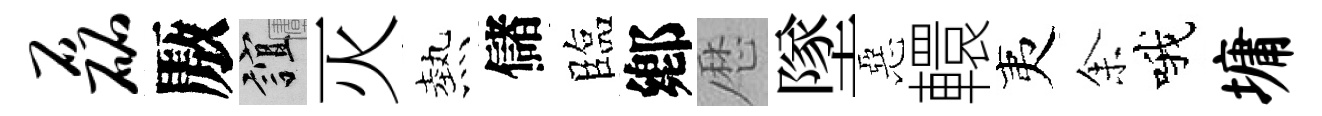
磊厫誼灭熱儲臨鄕厯墜惡轘夷𪜬哦墉